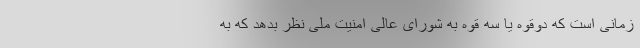
زمانی است که دوقوه یا سه قوه به شورای عالی امنیت ملی نظر بدهد که به